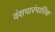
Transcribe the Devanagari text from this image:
वंशपारंपारिक